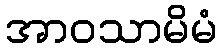
အာဝသာမိမံ